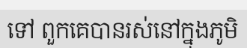
ទៅ ពួកគេបានរស់នៅក្នុងភូមិ